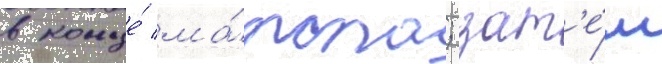
в конце́ ма́рта; зат'е́м